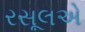
રસૂલએ